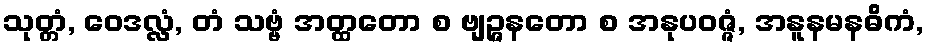
သုတ္တံ, ဝေဒလ္လံ, တံ သဗ္ဗံ အတ္ထတော စ ဗျဉ္ဇနတော စ အနုပဝဇ္ဇံ, အနူနမနဓိကံ,